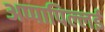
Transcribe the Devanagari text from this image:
अप्पापिल्लई